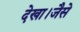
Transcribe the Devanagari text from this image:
देखा।जैसे